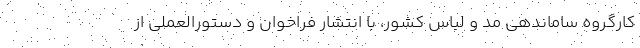
کارگروه ساماندهی مد و لباس کشور، با انتشار فراخوان و دستورالعملی از